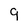
Character: 9